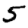
Digit: 5